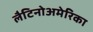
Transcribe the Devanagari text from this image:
लैटिनोअमेरिका